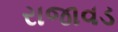
રાજાવડ